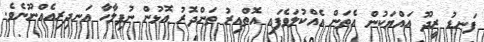
ފަނޑު ރީދޫ އައްޔަކުން އެތަން އެއްކުލަވެފައި އޮތްއިރު ތަންދޮރު އޮޅުން ނުފިލާހާ އަނދިރިއެއްނޫނެވެ.